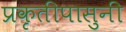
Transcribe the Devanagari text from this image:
प्रकृतीपासुनी